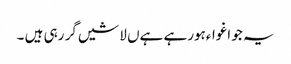
یہ جو اغواءہورہے ہےں لاشیں گر رہی ہیں ۔